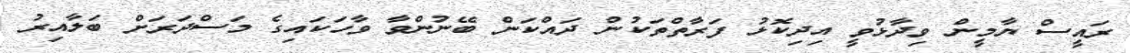
ރައީސް ޔާމީން ވިދާޅުވީ އިދިކޮޅު ފަރާތްތަކުން ދައްކަން ބޭނުންވާ ވާހަކައިގެ މަސްދަރަށް ބަލާއިރު